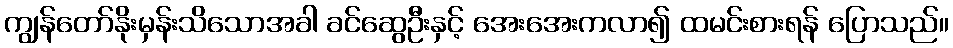
ကျွန်တော်နိုးမှန်းသိသောအခါ ခင်ဆွေဦးနှင့် အေးအေးကလာ၍ ထမင်းစားရန် ပြောသည်။